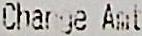
CHARGE AMT